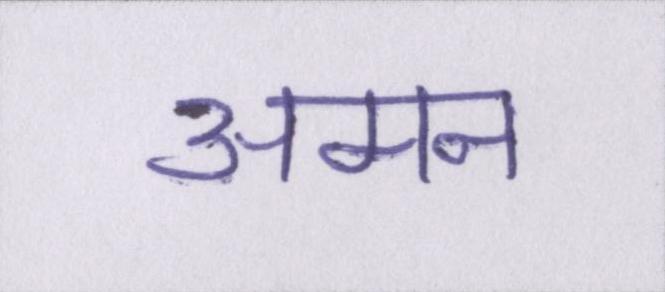
अमन